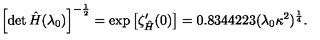
\left[ \det \hat { H } ( \lambda _ { 0 } ) \right] ^ { - \frac { 1 } { 2 } } = \mathrm { e x p } \left[ \zeta _ { \hat { H } } ^ { \prime } ( 0 ) \right] = 0 . 8 3 4 4 2 2 3 ( \lambda _ { 0 } \kappa ^ { 2 } ) ^ { \frac { 1 } { 4 } } .